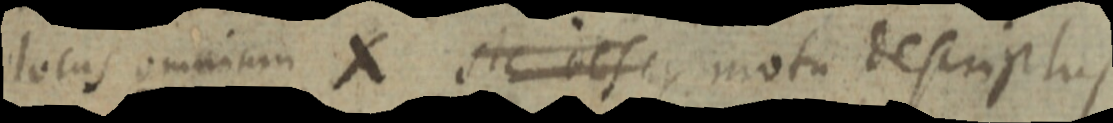
docus omnium X sic icsi motu descriptus